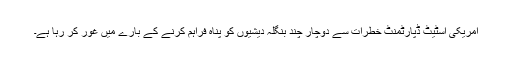
امریکی اسٹیٹ ڈپارٹمنٹ خطرات سے دوچار چند بنگلہ دیشیوں کو پناہ فراہم کرنے کے بارے میں غور کر رہا ہے۔